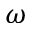
\omega